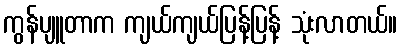
ကွန်ပျူတာက ကျယ်ကျယ်ပြန့်ပြန့် သုံးလာတယ်။